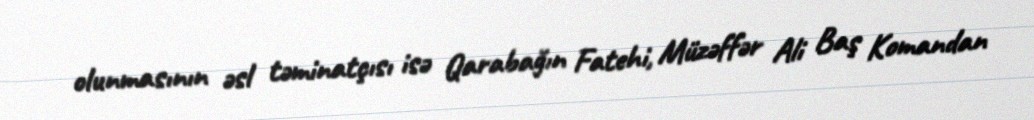
olunmasının əsl təminatçısı isə Qarabağın Fatehi, Müzəffər Ali Baş Komandan